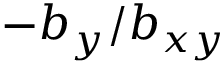
- b _ { y } / b _ { x y }